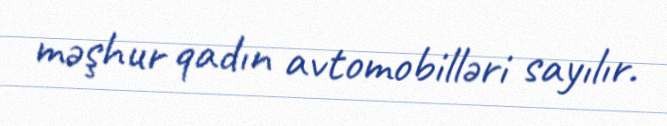
məşhur qadın avtomobilləri sayılır.